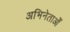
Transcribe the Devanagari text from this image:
अभिनेताओँ